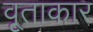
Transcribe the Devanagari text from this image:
वृ्ताकार